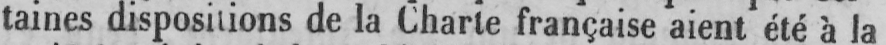
taines dispositions de la Charte française aient été à la